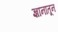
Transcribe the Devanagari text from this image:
ज्ञानातून